Sketch of the medical history of the native army of Bombay, for the year
Year: 1872
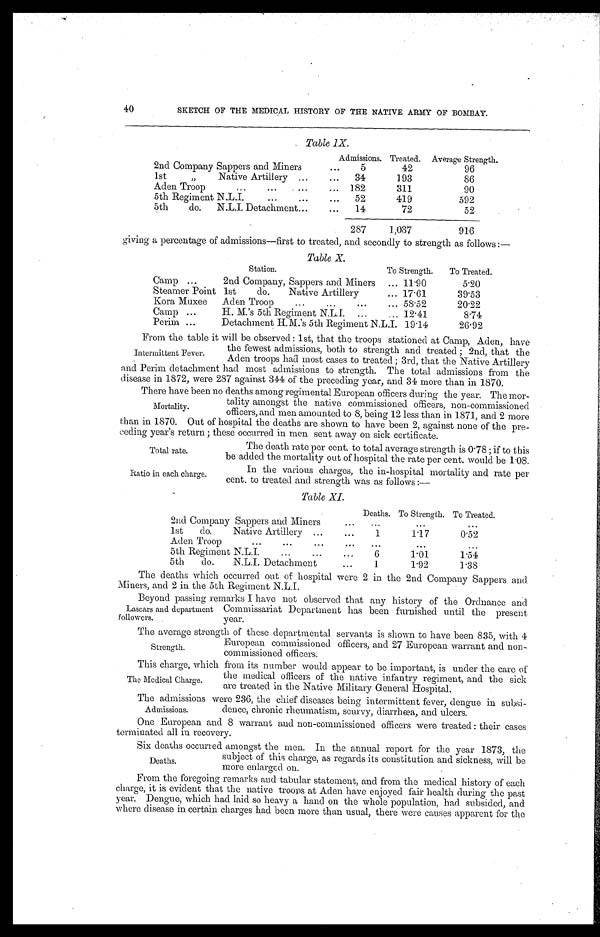
Total rate.
Ratio in each charge.
40
SKETCH OF THE MEDICAL HISTORY OF THE NATIVE ARMY OF BOMBAY.
Table 1X.
Admissions. Treated. Average Strength.
2nd Company Sappers and Miners . . .
5
42
96
1st "
Native Artillery . . .
34
193
86
A d e n T r o o p . . .
182
311
90
5th Regiment N.L.I. . . .
52
419
592
5th do. N.L.I. Detachment . . .
14
72
52
287
1,037
916
giving a percentage of admissions—first to treated, and secondly to strength as follows :—
Table X.
Station.
To Strength.
To Treated.
Camp . . .
2nd Company, Sappers and Miners . . .
11.90
5.20
Steamer Point . . . 1st do. Native Artillery . . .
17.61
39.53
Kora Muxee . . .
Aden Troop . . .
58.52
20.22
Camp . . .
H. M.'s 5th Regiment N.L.I. . . .
12.41
8. 74
Perim . . .
Detachment H.M.'s 5th Regiment N.L.I.
. . .
19.14
26.92
From the table it will be observed : 1st, that the troops stationed at Camp, Aden, have
the fewest admissions, both to strength and treated ; 2nd, that the
Aden troops hail most cases to treated ; 3rd, that the Native Artillery
and Perim detachment had most admissions to strength. The total admissions from the
disease in 1872, were 287 against 344 of the preceding year and 34 more than in 1870
There have been no deaths among regimental European officers during the year. The mor-
tality amongst the native commissioned officers, non-commissioned
officers, and men amounted to 8, being 12 less than in 1871, and 2 more
than in 1870. Out of hospital the deaths are shown to have been 2, against none of the pre-
ceding year's return : these occurred in men sent away on sick certificate.
Intermittent Fever.
Mortality.
The death rate per cent. to total average strength is 0.78 if to this
be added the mortality out of hospital the rate per cent. would be 1.08.
In the various charges, the in-hospital mortality and rate per
cent, to treated and strength was as follows :—
Table XI.
Deaths. To Strength. To Treated.
2nd Company Sappers and Miners . . .
. . .
. . .
. . .
1st do. Native Artillery . . .
1
1.17
0.52
A d e n T r o o p . . .
. . .
. . .
. . .
5th Regiment N.L.I. . . .
6
1.01
1.54
5th do. N.L.I. Detachment . . .
1
1.92
1 . 3 8
The deaths which occurred out of hospital were 2 in the 2nd Company Sapper's and
Miners, and 2 in the 5th Regiment N.L.I.
Beyond passing remarks I have not observed that any history of the Ordnance and
Commissariat Department has been furnished until the present
year.
The average strength of these departmental servants is shown to have been 835, with 4
European commissioned officers, and 27 European warrant and non-
commissioned officers.
This charge, which from its number would appear to be important, is under the care of
the medical officers of the native infantry regiment, and the sick
are treated in the Native Military General Hospital.
The admissions were 236, the chief diseases being intermittent fever, dengue in subsi-
dence, chronic rheumatism, scurvy, diarrhœa, and ulcers.
One European and 8 warrant and non-commissioned officers were treated : their cases
terminated all in recovery.
Six deaths occurred amongst the men. In the annual report for the year 1873, the
subject of this charge, as regards its constitution and sickness, will be
more enlarged on.
From the foregoing remarks and tabular statement, and from the medical history of each
charge, it is evident that the native troops at Aden have enjoyed fair health during the past
year. Dengue, which had laid so heavy a hand on the whole population, had subsided, and
where disease in certain charges had been more than usual, there were causes apparent for the
Lascars and department
followers.
Strength.
The Medical Charge.
Admissions.
Deaths.